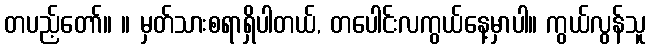
တပည့်တော်။ ။ မှတ်သားစရာရှိပါတယ်, တပေါင်းလကွယ်နေ့မှာပါ။ ကွယ်လွန်သူ